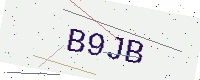
Text: B9JB